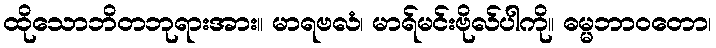
ထိုသောဘိတဘုရားအား။ မာရဗလံ၊ မာရ်မင်းဗိုလ်ပါကို။ ဓမ္မဘာဝတော၊